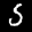
Label: 5